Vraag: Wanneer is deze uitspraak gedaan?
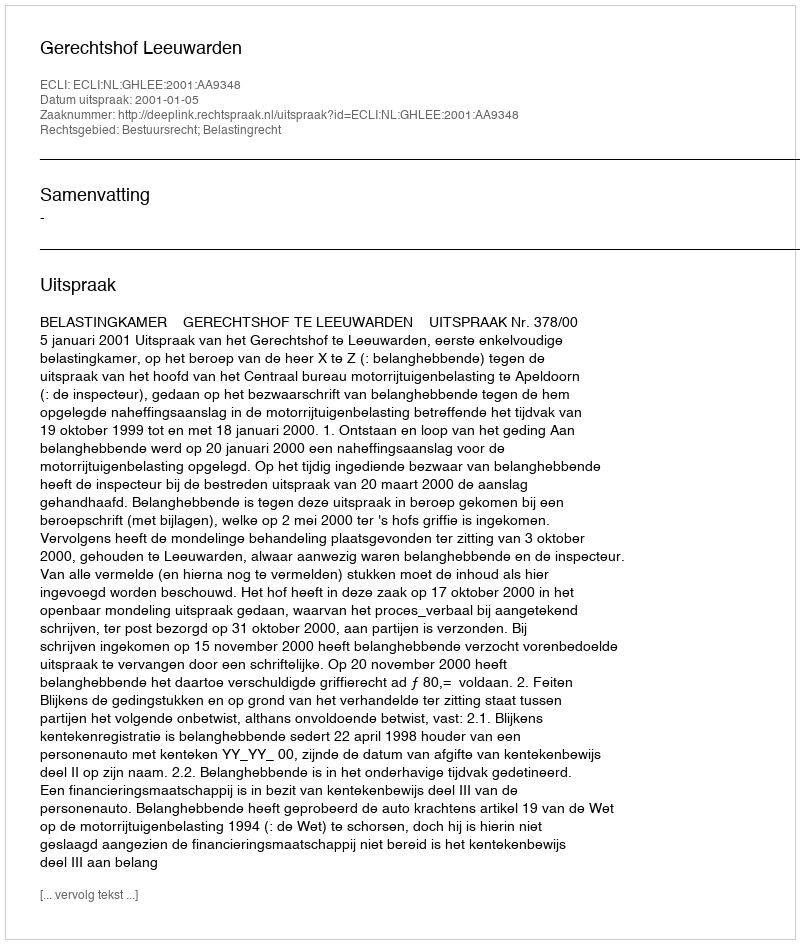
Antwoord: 2001-01-05